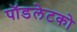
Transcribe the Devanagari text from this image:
पॉडलेटको